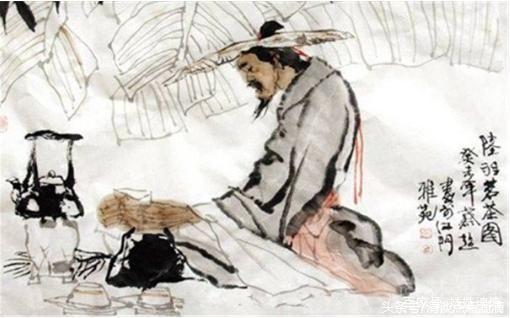
位卑未敢忘忧国，事定犹须待阖棺。